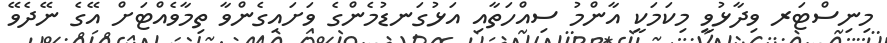
މިނިސްޓަރ ވިދާޅުވީ މިކަމަކީ އާންމު ސިއްހަތާއި އަޅުގަނޑުމެންގެ ވަށައިގެންވާ ތިމާވެއްޓަށް އޭގެ ނޭދެވޭ